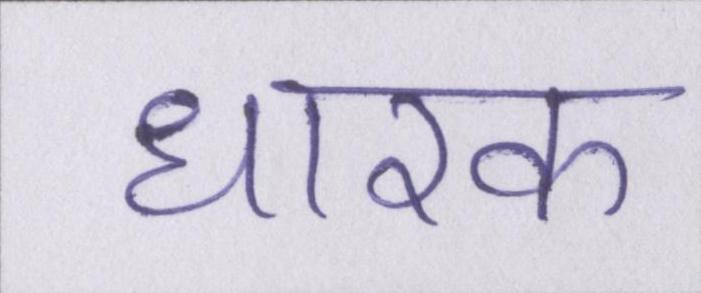
धारक